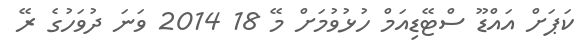
ކަޕަށް އައްޑޫ ސްޓޭޑިއަމް ހުޅުވުމަށް މޭ 18 2014 ވަނަ ދުވަހުގެ ރޭ